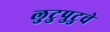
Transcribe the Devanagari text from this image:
लुटुपुटुचे